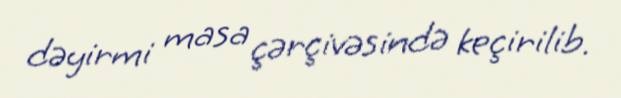
dəyirmi masa çərçivəsində keçirilib.